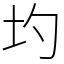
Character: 圴